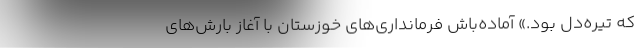
که تیره‌دل بود.» آماده‌باش فرمانداری‌های خوزستان با آغاز بارش‌های